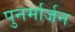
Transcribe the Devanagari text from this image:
पुनर्मार्जन